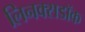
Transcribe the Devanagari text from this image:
लिनक्सडॉक